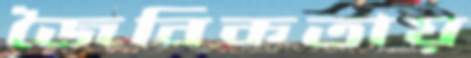
জৈবিকতায়